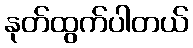
နုတ်ထွက်ပါတယ်